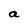
Character: a